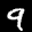
Label: 9